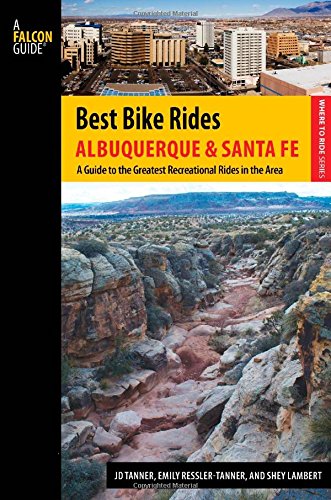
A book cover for Best Bike Rides Albuquerque and Santa Fe: The Greatest Recreational Rides in the Area (Best Bike Rides Series); Jd Tanner; Travel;